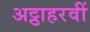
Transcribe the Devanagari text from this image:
अट्ठाहरवीं